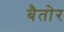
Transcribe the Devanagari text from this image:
बैतोर